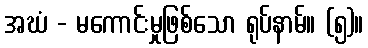
အဃံ - မကောင်းမှုဖြစ်သော ရုပ်နာမ်။ (၅)။